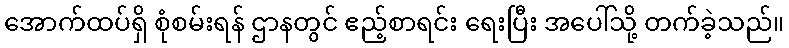
အောက်ထပ်ရှိ စုံစမ်းရန် ဌာနတွင် ဧည့်စာရင်း ရေးပြီး အပေါ်သို့ တက်ခဲ့သည်။